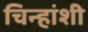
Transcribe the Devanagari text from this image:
चिन्हांशी